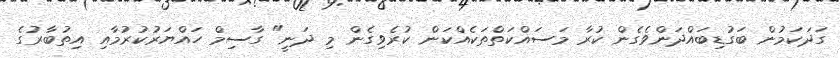
ގަދަކަމުން ބަގުޑިބައްދަންވެގެން ކުރާ މަސައްކަތްތަކެއްކަން ކުރެވިގެން މި ދަނީ" ގާސިމް ހައްޔަރުކުރުމާއި އިތުބާރުގެ